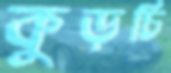
কুড়চি